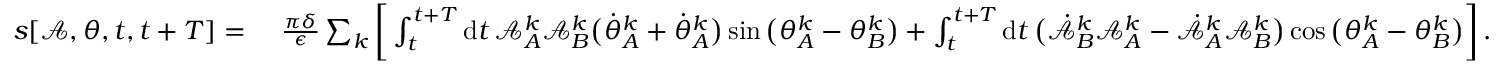
\begin{array} { r l } { s [ \mathcal { A } , \theta , t , t + T ] = ~ } & { \frac { \pi \delta } { \epsilon } \sum _ { k } \bigg [ \int _ { t } ^ { t + T } \mathrm { d } t \, \mathcal { A } _ { A } ^ { k } \mathcal { A } _ { B } ^ { k } \big ( \dot { \theta } _ { A } ^ { k } + \dot { \theta } _ { A } ^ { k } \big ) \sin \big ( \theta _ { A } ^ { k } - \theta _ { B } ^ { k } \big ) + \int _ { t } ^ { t + T } \mathrm { d } t \, \big ( \dot { \mathcal { A } } _ { B } ^ { k } \mathcal { A } _ { A } ^ { k } - \dot { \mathcal { A } } _ { A } ^ { k } \mathcal { A } _ { B } ^ { k } \big ) \cos \big ( \theta _ { A } ^ { k } - \theta _ { B } ^ { k } \big ) \bigg ] \, . } \end{array}